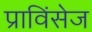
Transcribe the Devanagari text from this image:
प्राविंसेज